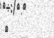
٨